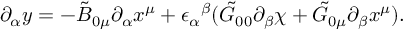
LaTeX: \partial _ { \alpha } y = - \tilde { B } _ { 0 \mu } \partial _ { \alpha } x ^ { \mu } + { \epsilon _ { \alpha } } ^ { \beta } ( \tilde { G } _ { 0 0 } \partial _ { \beta } \chi + \tilde { G } _ { 0 \mu } \partial _ { \beta } x ^ { \mu } ) .